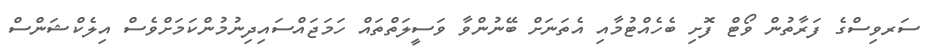
ސަރވިސްގެ ފަރާތުން ވޯޓް ފޮށި ބެހެއްޓުމާއި އެތަނަށް ބޭނުންވާ ވަސީލަތްތައް ހަމަޖައްސައިދިނުމުންކަމަށްވެސް އިލެކްޝަންސް